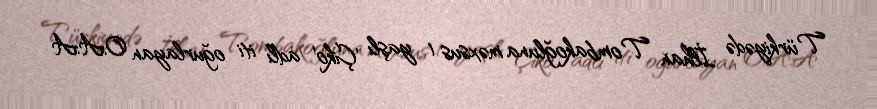
Türkiyədə İlhan Tombakoğluna məxsus 1 yaşlı 'Çiko' adlı iti oğurlayan O.A.A